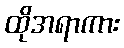
ထိုအရာကား